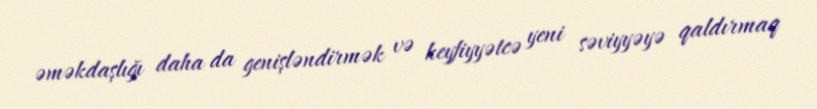
əməkdaşlığı daha da genişləndirmək və keyfiyyətcə yeni səviyyəyə qaldırmaq